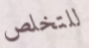
للتخلص